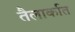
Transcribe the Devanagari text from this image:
तैलार्कात